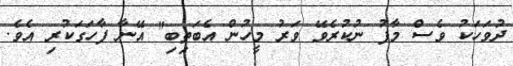
ދުވަހަކު ވެސް މާފު ނުކުރެވޭ ވަރު މީހުން އެބަތިބި" އޭނާ ފާހަގަކުރި އެވެ.